Lunatic asylums Punjab 1881-1894 - 1881-1894
Year: 1881
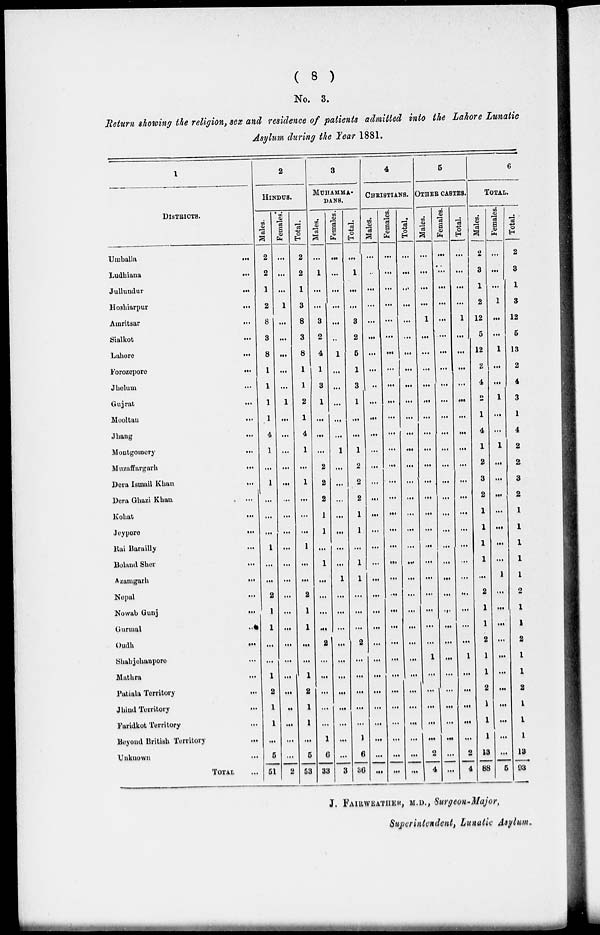
( 8 )
No. 3.
Return showing the religion, sex and residence of patients admitted into the Lahore Lunatic
Asylum during the Year 1881.
1
DlSTRICTS.
Umballa
...
Ludhiana...
Jullundur...
Hoshiarpur
...
Amritsar...
Sialkot...
Lahore...
Forozepore...
Jhelum
...
Gujrat...
Mooltau
...
Jhang...
Montgomery...
Muzaffargarh...
Dera Ismail
Khan...
Dera Ghazi
Khan....
Kohat...
Jeypore
...
Rai Barailly
...
Behind
Sher...
Azamgarh...
Nepal
...
Nowab Gunj...
Gurmal
...
Oudh
...
Shahjohanpore...
Mathra
...
Patiala Territory...
Jhind Territory
...
Faridkot Territory...
Beyond British Territory...
Unknown
...
TOTAL ...
2
HINDUS.
Males.
2
2
1
2
8
3
8
1
1
1
1
4
1
...
1
...
...
...
1
...
...
2
1
1
...
...
1
2
1
1
...
5
61
Females.
...
...
...
1
...
...
...
...
...
1
...
...
...
...
...
...
...
...
...
...
...
...
...
...
...
...
...
...
...
...
...
...
2
Total.
2
2
1
3
8
3
8
1
1
2
1
4
1
...
1
...
...
...
1
...
...
2
1
1
...
...
1
2
1
1
...
5
58
3
MUHAMMADANS,
Males.
...
1
...
...
3
2
4
1
3
1
...
...
...
2
2
2
1
1
...
1
...
...
...
...
2
...
...
...
...
...
1
6
88
Females.
...
...
...
...
...
...
1
...
...
...
...
...
1
...
...
...
...
...
...
...
1
...
...
...
...
...
...
...
...
...
...
...
3
Total.
...
1
...
...
3
2
5
1
3
1
...
...
1
2
2
2
1
1
...
1
1
...
...
...
2
...
...
...
...
...
1
6
36
4
CHRISTIANS.
Males.
...
...
...
...
...
...
...
...
..
...
...
...
...
...
...
...
...
...
...
...
...
...
...
...
...
...
...
...
...
...
...
...
...
Females.
...
...
...
...
...
...
...
...
...
...
...
...
...
...
...
...
...
...
...
...
...
...
...
...
...
...
...
...
...
...
...
...
...
Total.
...
...
...
...
...
...
...
...
...
...
...
...
...
...
...
...
...
...
...
...
...
...
...
...
...
...
...
...
...
...
...
...
...
5
OTHER CASTES.
Males.
...
...
...
...
1
...
...
...
...
...
...
...
...
...
...
...
...
...
...
...
...
...
...
...
...
1
...
...
...
...
...
2
4
Females.
...
...
...
...
...
....
...
...
...
...
...
...
...
...
...
...
...
...
...
...
...
...
...
...
...
...
...
...
...
...
...
...
...
Total.
...
...
...
...
1
...
...
...
...
...
...
...
...
...
...
...
...
...
...
...
...
...
...
...
...
1
...
...
...
...
...
2
4
6
TOTAL.
Males.
2
3
1
2
12
5
12
2
4
2
1
4
1
2
3
2
1
1
1
1
...
2
1
1
2
1
1
2
1
1
1
13
88
Females.
...
...
...
1
...
...
1
...
...
1
...
...
1
...
...
...
...
...
...
...
1
...
...
...
...
...
...
...
...
...
...
...
5
Total.
2
3
1
3
12
5
13
2
4
3
1
4
2
2
3
2
1
1
1
1
1
2
1
1
2
1
1
2
1
1
1
13
93
J. FAIRWEATHER, M.D., Surgeon-Major,
Superintendent, Lunatic Asylum.